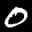
Label: 0